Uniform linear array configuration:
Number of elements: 64
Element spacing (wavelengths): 0.25
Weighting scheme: cosine
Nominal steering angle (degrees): -15
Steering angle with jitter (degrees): -14.318
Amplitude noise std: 0.05
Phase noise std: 0.05

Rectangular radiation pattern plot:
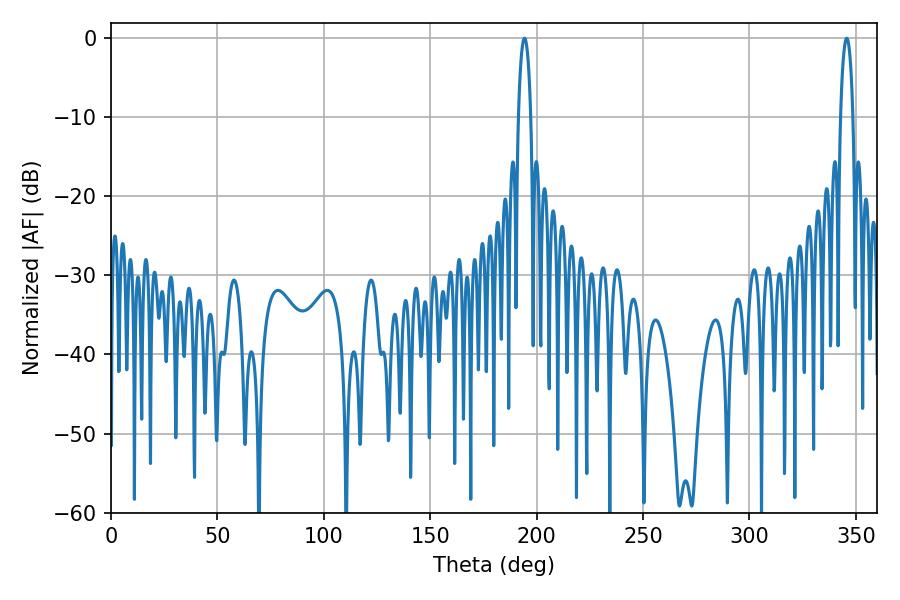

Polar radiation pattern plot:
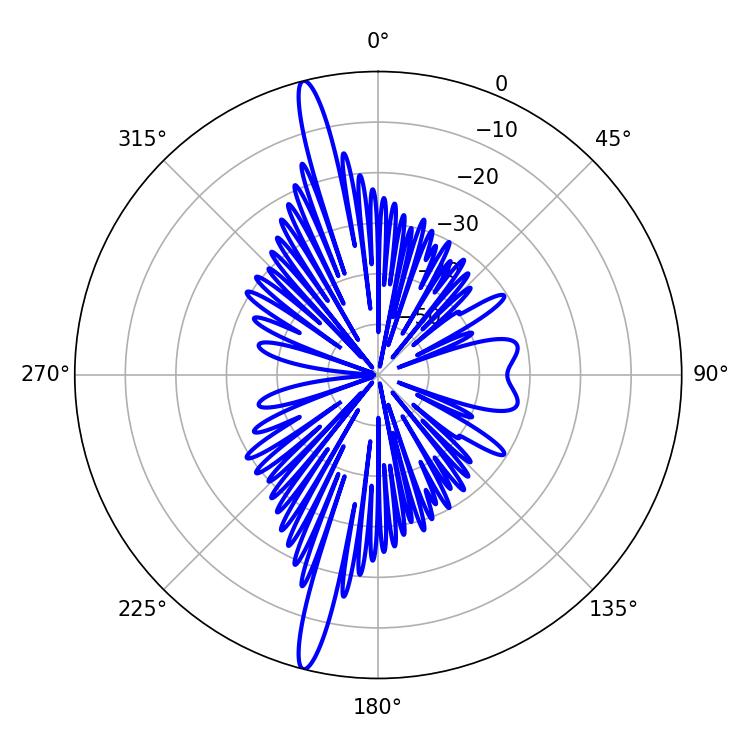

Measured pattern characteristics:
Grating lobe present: FALSE
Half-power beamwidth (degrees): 3.42
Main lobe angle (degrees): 194.22